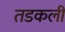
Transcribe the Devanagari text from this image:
तडकली